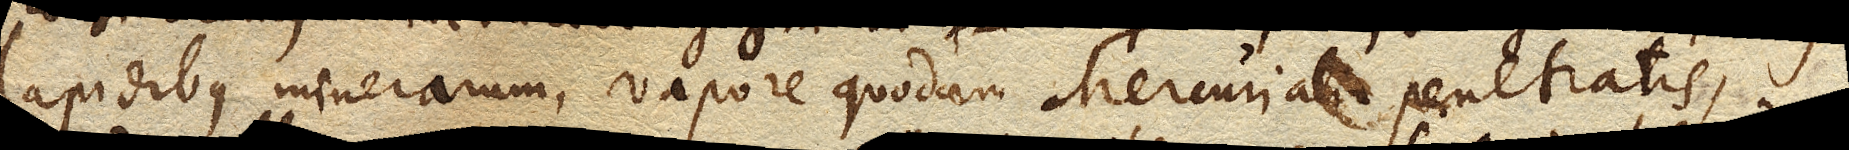
lapidibus minerarum, vapore quodam Mercuriali penetratis,